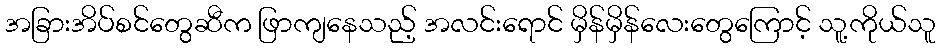
အခြားအိပ်စင်တွေဆီက ဖြာကျနေသည့် အလင်းရောင် မှိန်မှိန်လေးတွေကြောင့် သူ့ကိုယ်သူ